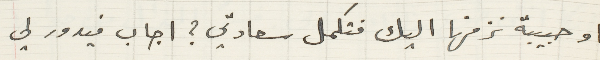
او حبيبة نزفها اليك فتكمل سعادتي؟ فاجاب فيدور لي